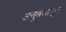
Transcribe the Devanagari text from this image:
अनुबंधांतून